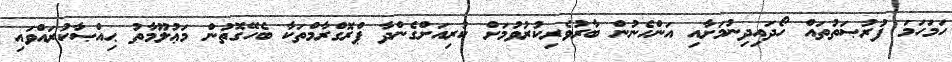
ހަމަހަމަ ފުރުޞަތުތައް ހޯދައިދިނުމަށާއި އަންހެނުން ބާރުވެރިކުރުވުމަށް ކުރިއަށްގެންދާ ޕްރޮގްރާމްތަކާ ބެހޭގޮތުން މަޢުލޫމާތު ޙިއްޞާކުރައްވައި